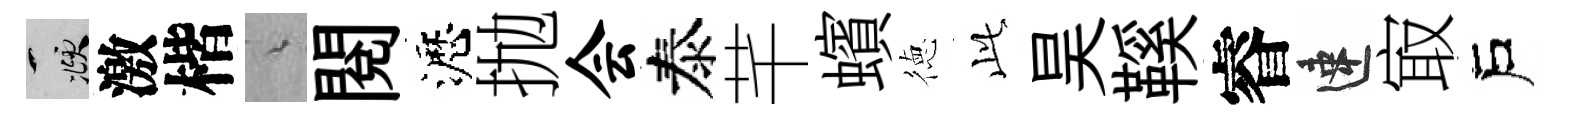
頫激楷綿閲瀝抛会泰芊蠙徳𬼘昊鞵睿速㝡戶